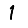
Digit: 1